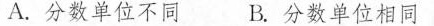
A.分数单位不同 B.分数单位相同